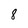
Character: 8